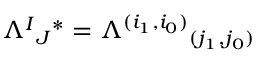
\Lambda ^ { I } { } _ { J } { } ^ { * } = \Lambda ^ { ( i _ { 1 } , i _ { 0 } ) } { } _ { ( j _ { 1 } , j _ { 0 } ) }